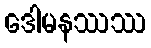
ဒေါမနဿဿ